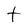
Character: t